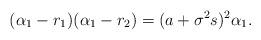
LaTeX: \begin{align*}(\alpha_1 - r_1)(\alpha_1 - r_2) = (a+\sigma^2 s)^2 \alpha_1. \end{align*}